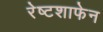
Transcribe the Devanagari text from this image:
रेष्टशाफेन